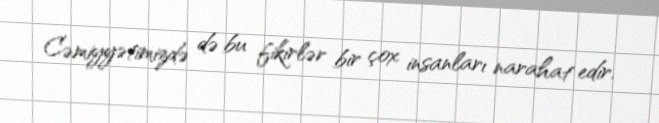
Cəmiyyətimizdə də bu fikirlər bir çox insanları narahat edir.